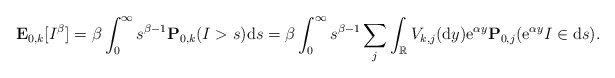
\begin{align*} \mathbf{E}_{0,k}[I^{\beta}]= \beta \int_0^{\infty} s^{\beta -1} \mathbf{P}_{0,k}(I>s){\rm d}s= \beta \int_0^{\infty} s^{\beta -1} \sum_j \int_{\mathbb{R}} V_{k,j}({\rm d}y){\rm e}^{\alpha y}\mathbf{P}_{0,j}({\rm e}^{\alpha y}I \in {\rm d}s). \end{align*}